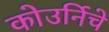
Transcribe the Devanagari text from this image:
कोउर्निचे